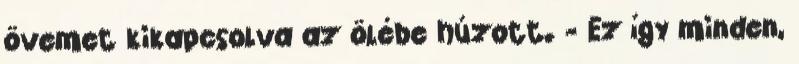
övemet kikapcsolva az ölébe húzott. - Ez így minden,